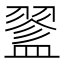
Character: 𥂔